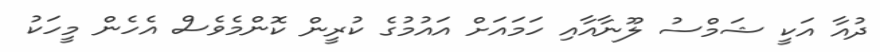
ދުއާ އަކީ ޝަމްސު ލޫނާއާއި ހަމައަށް އައުމުގެ ކުރީން ކޮންމެވެސް އެހެން މީހަކު